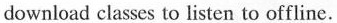
download classes to listen to offline.